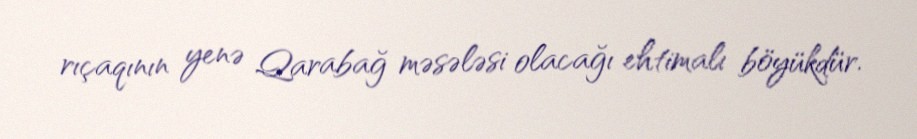
rıçaqının yenə Qarabağ məsələsi olacağı ehtimalı böyükdür.